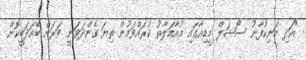
"އަދި މަނިކުފާނު ސޯޝަލް މީޑިއާގައި މުއާމަލާތު ކުރައްވަމުން ތިޔަ ގެންދަވަނީ ވަރަށް ބޭއަދަބީކޮށް